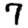
Digit: 7